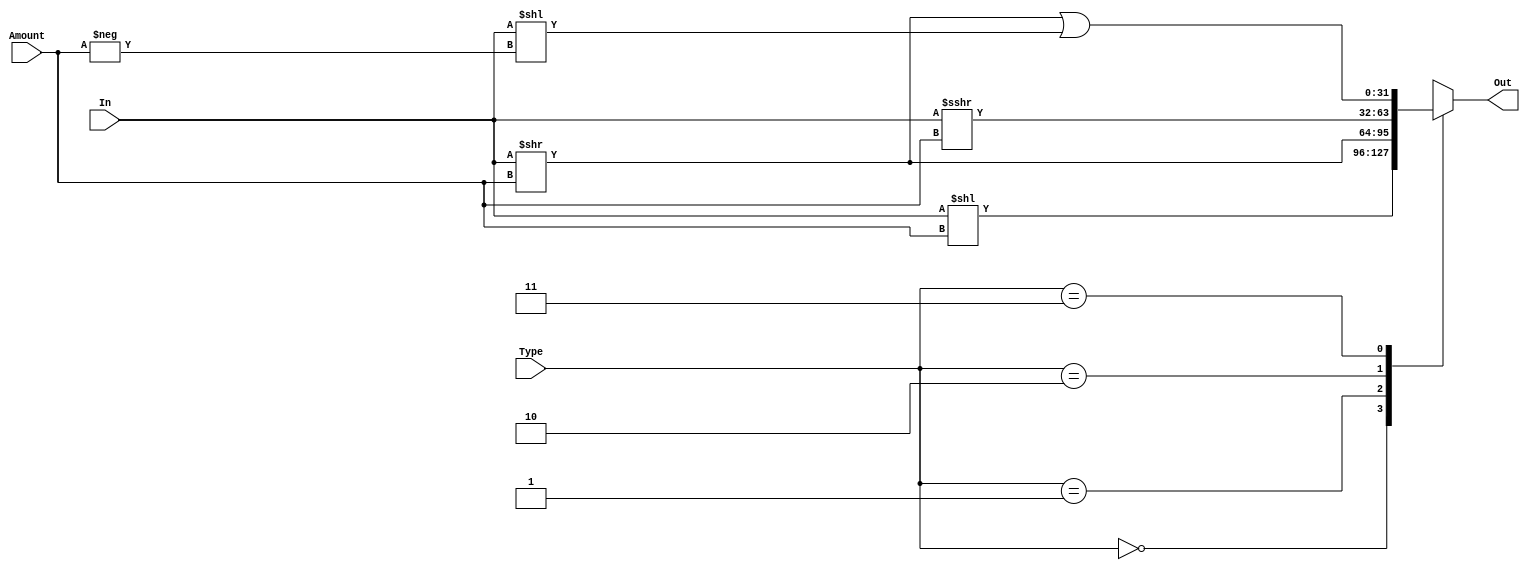
module Shifter(
    input [4:0] Amount,
    input [1:0] Type,
    input [31:0] In,
    output [31:0] Out
);
    reg [31:0] Shifter_Result;
    always @ (*) begin
        case (Type)
            /*LSL*/2'b00: Shifter_Result <= In << Amount;
            /*LSR*/2'b01: Shifter_Result <= In >> Amount;
            /*ASR*/2'b10: Shifter_Result <= $signed(In) >>> Amount;
            /*ROR*/2'b11: Shifter_Result <= In >> Amount | In << (-Amount);
        endcase
    end
    assign Out = Shifter_Result;
endmodule